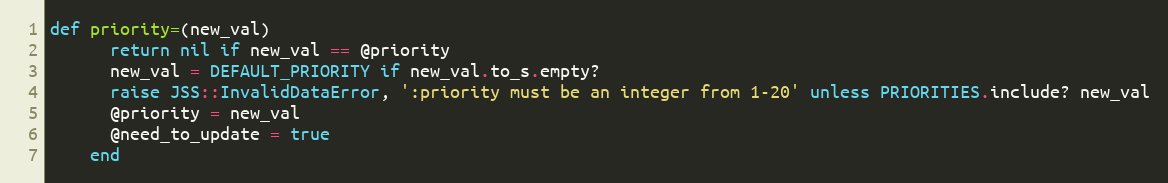
Language: Ruby
def priority=(new_val)
      return nil if new_val == @priority
      new_val = DEFAULT_PRIORITY if new_val.to_s.empty?
      raise JSS::InvalidDataError, ':priority must be an integer from 1-20' unless PRIORITIES.include? new_val
      @priority = new_val
      @need_to_update = true
    end